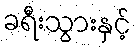
ခရီးသွားနှင့်